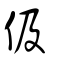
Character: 伋